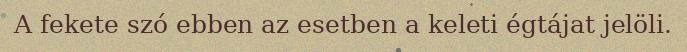
A fekete szó ebben az esetben a keleti égtájat jelöli.